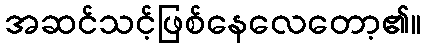
အဆင်သင့်ဖြစ်နေလေတော့၏။